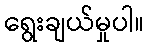
ရွေးချယ်မှုပါ။